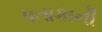
પતાકાની